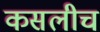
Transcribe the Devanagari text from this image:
कसलीच